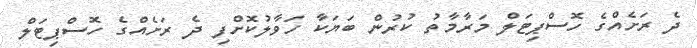
ދެ ރަށެއްގެ ހޮސްޕިޓަލް މަރާމާތު ކުރުން ބަޔަކާ ހަވާލުކޮށްފި ދެ ރަށެއްގެ ހޮސްޕިޓަލް